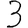
Digit: 3